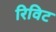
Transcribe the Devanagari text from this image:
रिविट